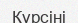
Күрсіні